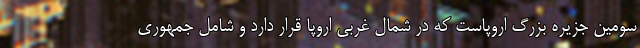
سومین جزیره بزرگ اروپاست که در شمال غربی اروپا قرار دارد و شامل جمهوری